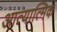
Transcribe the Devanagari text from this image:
आत्यात्मिक